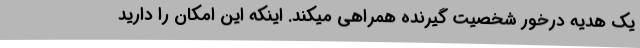
یک هدیه درخور شخصیت گیرنده همراهی میکند. اینکه این امکان را دارید